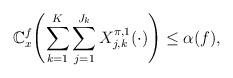
LaTeX: \begin{align*} \mathbb{C}_x^{f} \Biggl( \sum_{k=1}^K \sum_{j=1}^{J_k}X_{j,k}^{\pi,1}(\cdot) \Biggr) \leq\alpha(f),\end{align*}